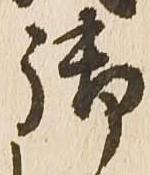
御